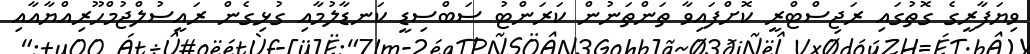
ވިޔަފާރީގެ ގޮތުގައި ރަޖިސްޓްރީ ކޮށްފައިވާ ތަންތަނުން ކަރަންޓު ސަބްސިޑީ ކަނޑާލުމާއި ގުޅިގެން ރައީސުލްޖުމްހޫރިއްޔާއާއި